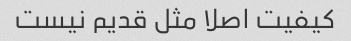
کیفیت اصلا مثل قدیم نیست